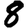
Digit: 8